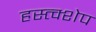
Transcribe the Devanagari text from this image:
हस्त्क्शेप